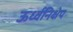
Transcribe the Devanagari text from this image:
ऊर्ध्वनिक्षेप